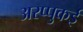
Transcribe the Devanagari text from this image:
अरप्पुकई